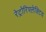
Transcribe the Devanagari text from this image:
रेट्रोरिफ्लेक्टिव